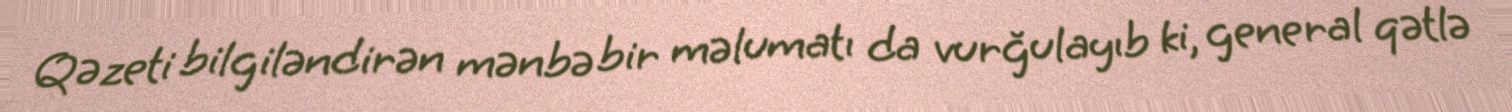
Qəzeti bilgiləndirən mənbə bir məlumatı da vurğulayıb ki, general qətlə